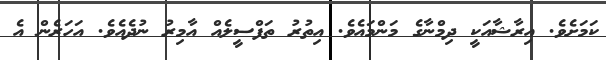
ކަމަށެވެ. އިރާޝާއަކީ ދިމްނާގެ މަންމައެވެ. އިތުރު ތަފްސީލެއް އާމިރު ނުދެއެވެ. އަހަރެން އެ